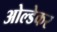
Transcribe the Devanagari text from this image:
ओल्डेकर